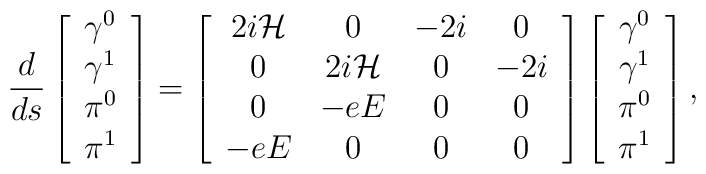
\frac d{ds}\left[ \begin{array}{c}\gamma ^0 \\ \gamma ^1 \\ \pi ^0 \\ \pi ^1\end{array}\right] =\left[ \begin{array}{cccc}2i{\cal H} & 0 & -2i & 0 \\ 0 & 2i{\cal H} & 0 & -2i \\ 0 & -eE & 0 & 0 \\ -eE & 0 & 0 & 0\end{array}\right] \left[ \begin{array}{c}\gamma ^0 \\ \gamma ^1 \\ \pi ^0 \\ \pi ^1\end{array}\right] ,